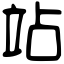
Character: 站